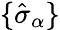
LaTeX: \{ \hat{\sigma}_{\alpha}\}